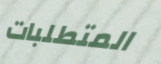
المتطلبات